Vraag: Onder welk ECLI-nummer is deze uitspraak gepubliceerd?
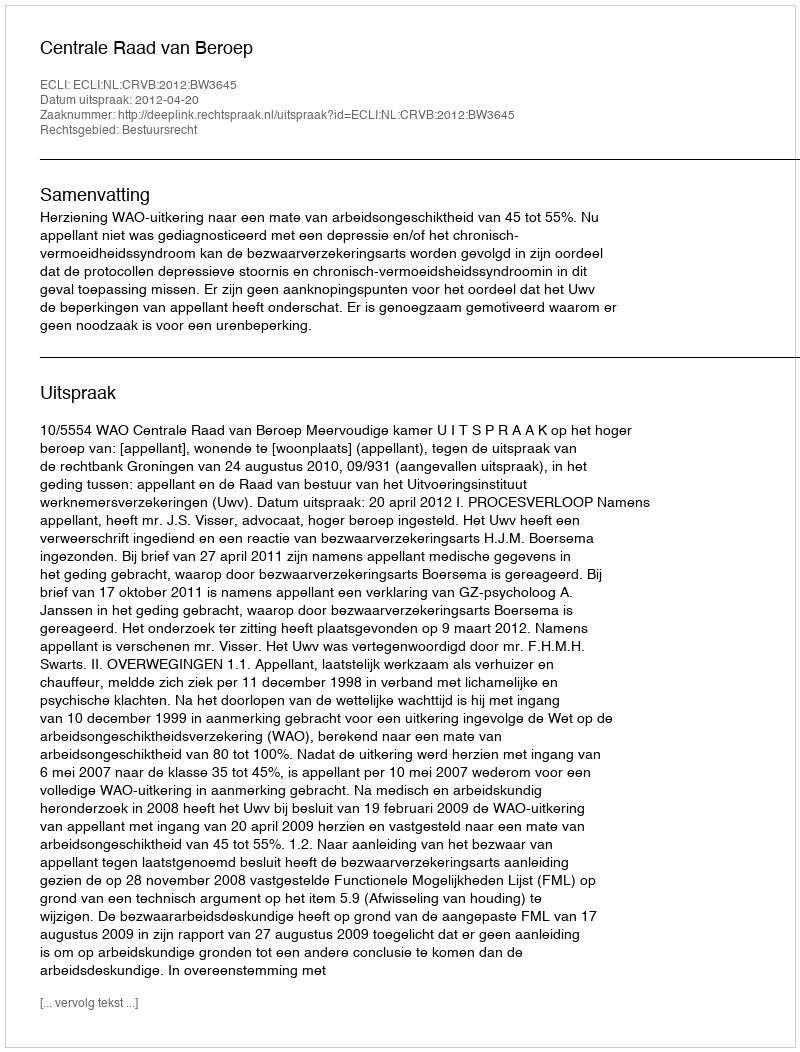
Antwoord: ECLI:NL:CRVB:2012:BW3645